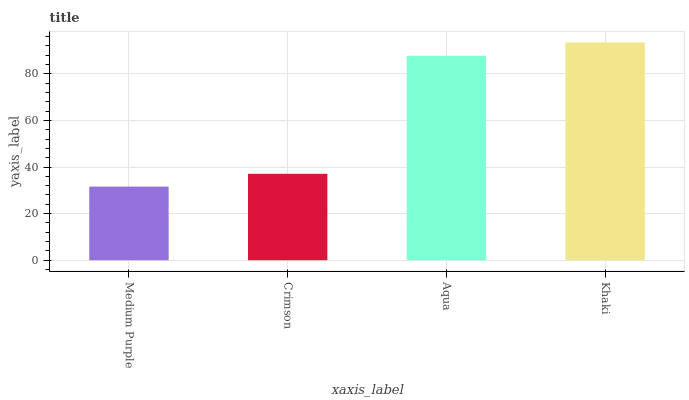
| xaxis_label | bars |
 | --- | --- |
 | Medium Purple | 31.6 |
 | Crimson | 37.1 |
 | Aqua | 87.7 |
 | Khaki | 93.5 |